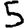
Digit: 5